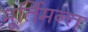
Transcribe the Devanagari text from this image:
मूर्तिमन्त